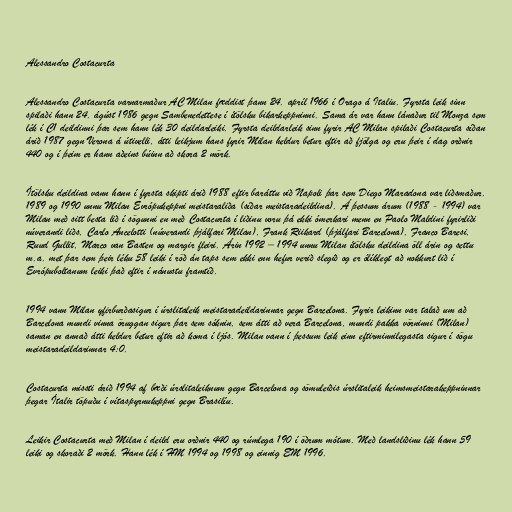
Alessandro Costacurta

Alessandro Costacurta varnarmaður AC Milan fæddist þann 24. apríl 1966 í Orago á Italiu. Fyrsta leik sinn
spilaði hann 24. ágúst 1986 gegn Sambenedettese í ítölsku bikarkeppninni. Sama ár var hann lánaður til Monza sem
lék í C1 deildinni þar sem hann lék 30 deildarleiki. Fyrsta deildarleik sinn fyrir AC Milan spilaði Costacurta síðan
árið 1987 gegn Verona á útivelli, átti leikjum hans fyrir Milan heldur betur eftir að fjölga og eru þeir í dag orðnir
440 og í þeim er hann aðeins búinn að skora 2 mörk.

Ítölsku deildina vann hann í fyrsta skipti árið 1988 eftir baráttu við Napoli þar sem Diego Maradona var liðsmaður.
1989 og 1990 unnu Milan Evrópukeppni meistaraliða (síðar meistaradeildina). Á þessum árum (1988 - 1994) var
Milan með sitt besta lið í sögunni en með Costacurta í liðinu voru þá ekki ómerkari menn en Paolo Maldini fyrirliði
núverandi liðs, Carlo Ancelotti (núverandi þjálfari Milan), Frank Riikard (þjálfari Barcelona), Franco Baresi,
Ruud Gullit, Marco van Basten og margir fleiri. Árin 1992 – 1994 unnu Milan ítölsku deildina öll árin og settu
m.a. met þar sem þeir léku 58 leiki í röð án taps sem ekki enn hefur verið slegið og er ólíklegt að nokkurt lið í
Evrópuboltanum leiki það eftir í nánustu framtíð.

1994 vann Milan yfirburðasigur í úrslitaleik meistaradeildarinnar gegn Barcelona. Fyrir leikinn var talað um að
Barcelona mundi vinna öruggan sigur þar sem sóknin, sem átti að vera Barcelona, mundi pakka vörninni (Milan)
saman en annað átti heldur betur eftir að koma í ljós. Milan vann í þessum leik einn eftirminnilegasta sigur í sögu
meistaradeildarinnar 4:0.

Costacurta missti árið 1994 af bæði úrslitaleiknum gegn Barcelona og sömuleiðis úrslitaleik heimsmeistarakeppninnar
þegar Ítalir töpuðu í vítaspyrnukeppni gegn Brasilíu.

Leikir Costacurta með Milan í deild eru orðnir 440 og rúmlega 190 í öðrum mótum. Með landsliðinu lék hann 59
leiki og skoraði 2 mörk. Hann lék í HM 1994 og 1998 og einnig EM 1996.